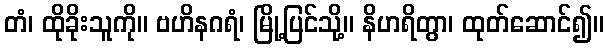
တံ၊ ထိုခိုးသူကို။ ဗဟိနဂရံ၊ မြို့ပြင်သို့။ နိဟရိတွာ၊ ထုတ်ဆောင်၍။